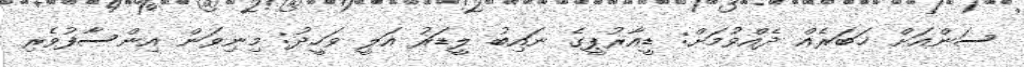
ސަންއަށް ޚަބަރެއް ދެއްވުމަށް: ޑީއާރުޕީގެ ނައިބު ލީޑަރު އަލީ ވަހީދު: މިނިވަން އިންސާފުވެރި